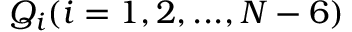
Q _ { i } ( i = 1 , 2 , . . . , N - 6 )